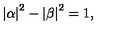
\left| \alpha \right| ^ { 2 } - \left| \beta \right| ^ { 2 } = 1 ,